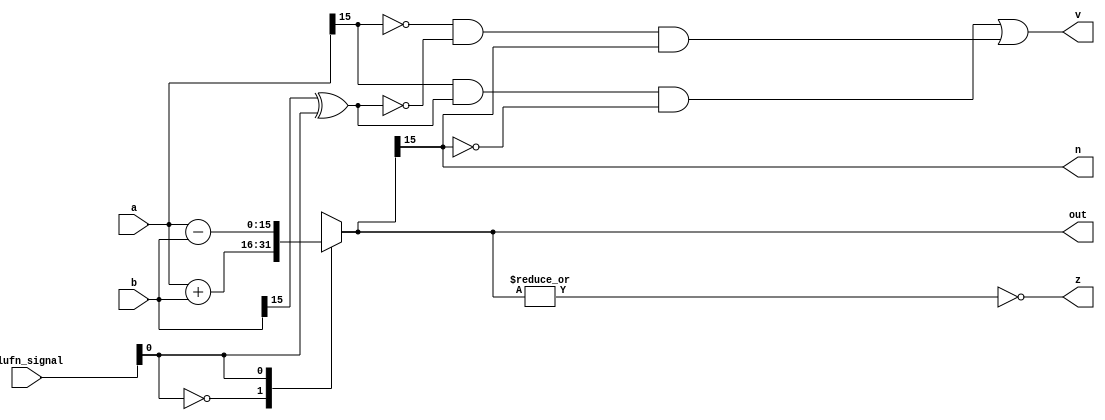
module adder_16 (
    input [15:0] a,
    input [15:0] b,
    input [5:0] alufn_signal,
    output reg [15:0] out,
    output reg [0:0] z,
    output reg [0:0] v,
    output reg [0:0] n
  );
  
  
  
  reg [15:0] s;
  
  always @* begin
    s = 16'h0000;
    
    case (alufn_signal[0+0-:1])
      1'h0: begin
        s = a + b;
      end
      1'h1: begin
        s = a - b;
      end
      default: begin
        s = 16'h0000;
      end
    endcase
    n = s[15+0-:1];
    v = (a[15+0-:1] & (b[15+0-:1] ^ alufn_signal[0+0-:1]) & !s[15+0-:1]) | (!a[15+0-:1] & !(b[15+0-:1] ^ alufn_signal[0+0-:1]) & s[15+0-:1]);
    z = ~(|s);
    out = s;
  end
endmodule